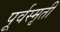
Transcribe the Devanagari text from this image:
पूर्वस्मृती